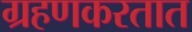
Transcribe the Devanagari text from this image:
ग्रहणकरतात